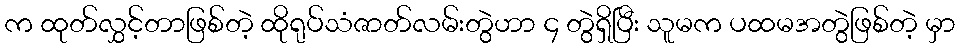
က ထုတ်လွှင့်တာဖြစ်တဲ့ ထိုရုပ်သံဇာတ်လမ်းတွဲဟာ ၄ တွဲရှိပြီး သူမက ပထမအတွဲဖြစ်တဲ့ မှာ